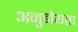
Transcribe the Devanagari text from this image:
अनुज्ञेयता